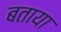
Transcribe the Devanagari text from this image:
बताया